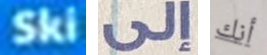
Ski إلى أنك